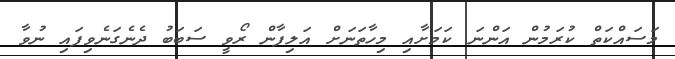
މަސައްކަތް ކުރަމުން އަންނަ ކަމަށާއި މިހާތަނަށް އަލިފާން ރޯވީ ސަބަބު ދެނެގަނެވިފައި ނުވާ